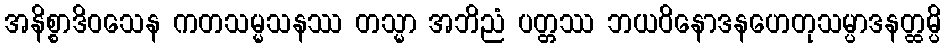
အနိစ္စာဒိဝသေန ကတသမ္မသနဿ တသ္မာ အဘိညံ ပတ္တဿ ဘယဝိနောဒနဟေတုသမ္ပာဒနတ္ထမ္ပိ